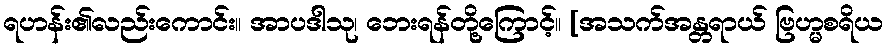
ရဟန်း၏လည်းကောင်း။ အာပဒါသု၊ ဘေးရန်တို့ကြောင့်။ [အသက်အန္တရာယ် ဗြဟ္မစရိယ